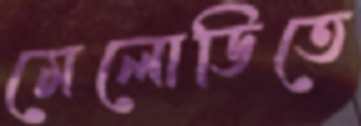
মেলোডিতে